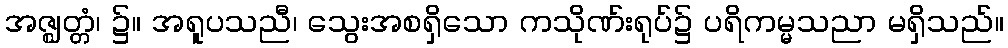
အဇ္ဈတ္တံ၊ ၌။ အရူပသညီ၊ သွေးအစရှိသော ကသိုဏ်းရုပ်၌ ပရိကမ္မသညာ မရှိသည်။